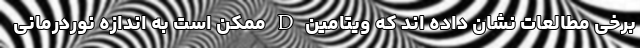
برخی مطالعات نشان داده اند که ویتامین D ممکن است به اندازه نوردرمانی